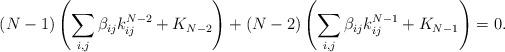
LaTeX: \begin{align*}(N-1)\left(\sum_{i,j}\beta_{ij}k_{ij}^{N-2}+K_{N-2}\right)+(N-2)\left(\sum_{i,j}\beta_{ij}k_{ij}^{N-1}+K_{N-1}\right)=0.\end{align*}